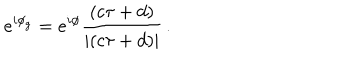
e ^ { i \phi _ { g } } = e ^ { i \phi } \frac { \left( c \tau + d \right) } { \left| \left( c \tau + d \right) \right| } \, .